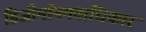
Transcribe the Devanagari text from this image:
डिजीमॉनमताधिकार